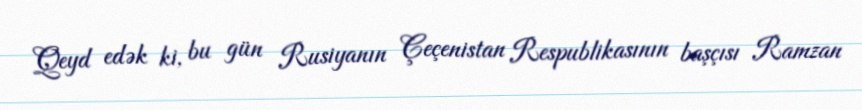
Qeyd edək ki, bu gün Rusiyanın Çeçenistan Respublikasının başçısı Ramzan